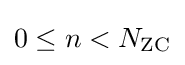
0\leq n<N_{\text{ZC}}